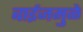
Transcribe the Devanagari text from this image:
बाईजमुळे